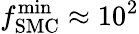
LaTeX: f_{\mathrm{SMC}}^{\mathrm{min}}\approx 10^{2}